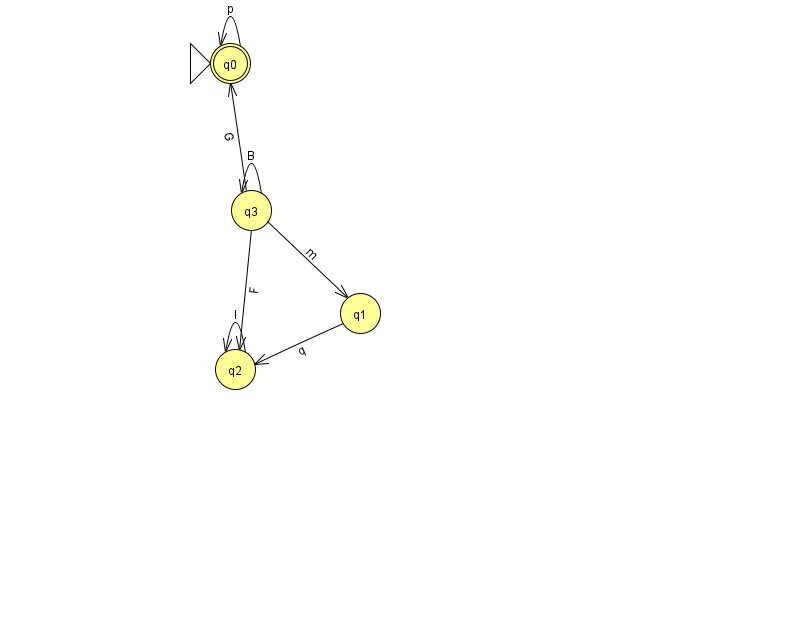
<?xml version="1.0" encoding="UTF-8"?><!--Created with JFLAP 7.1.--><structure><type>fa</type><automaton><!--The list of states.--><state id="0" name="q0"><x>230.0</x><y>50.0</y><initial/><final/></state><state id="1" name="q1"><x>360.0</x><y>300.0</y></state><state id="2" name="q2"><x>235.0</x><y>356.0</y></state><state id="3" name="q3"><x>251.0</x><y>197.0</y></state><!--The list of transitions.--><transition><from>0</from><to>0</to><read>p</read></transition><transition><from>1</from><to>2</to><read>q</read></transition><transition><from>3</from><to>0</to><read>G</read></transition><transition><from>3</from><to>3</to><read>B</read></transition><transition><from>3</from><to>1</to><read>m</read></transition><transition><from>2</from><to>2</to><read>I</read></transition><transition><from>3</from><to>2</to><read>F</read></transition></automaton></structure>